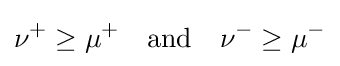
\nu ^{+}\geq \mu ^{+}\quad {\text{and}}\quad \nu ^{-}\geq \mu ^{-}